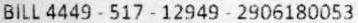
BILL 4449 - 517 - 12949 - 2906180053